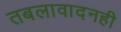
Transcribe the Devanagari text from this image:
तबलावादनही